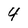
Character: 4